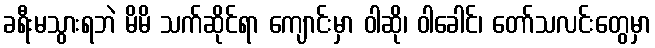
ခရီးမသွားရဘဲ မိမိ သက်ဆိုင်ရာ ကျောင်းမှာ ဝါဆို၊ ဝါခေါင်၊ တော်သလင်းတွေမှာ